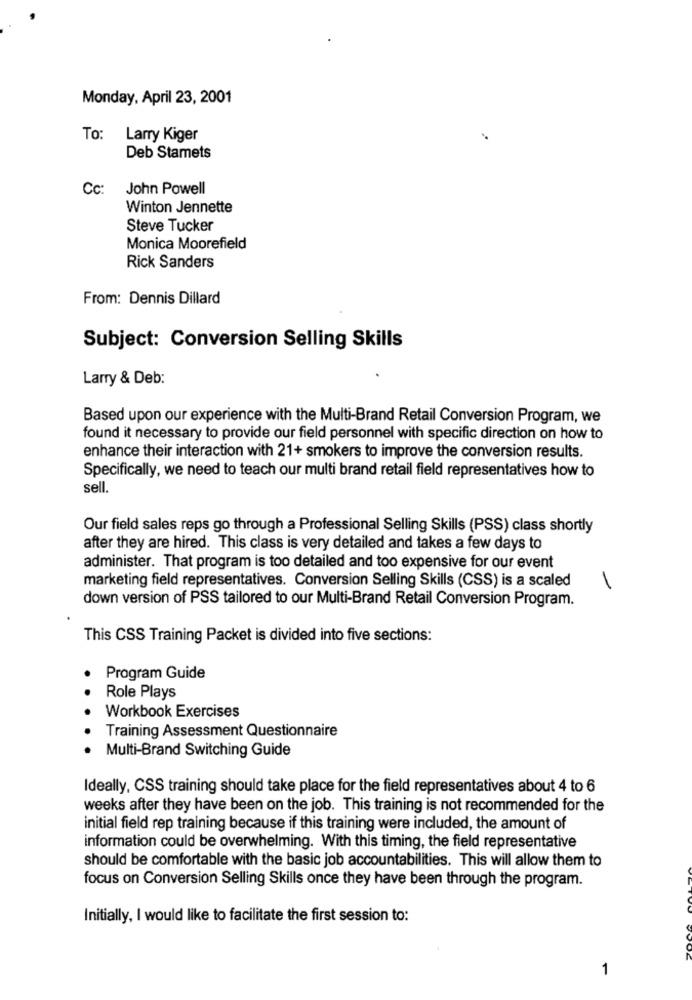
Monday, April 23, 2001
To:
Larry Kiger
Deb Stamets
Cc:
John Powell
Winton Jennette
Steve Tucker
Monica Moorefield
Rick Sanders
From: Dennis Dillard
Subject: Conversion Selling Skills
Larry & Deb:
Based upon our experience with the Multi-Brand Retail Conversion Program, we
found it necessary to provide our field personnel with specific direction on how to
enhance their interaction with 21+ smokers to improve the conversion results.
Specifically, we need to teach our multi brand retail field representatives how to
sell.
Our field sales reps go through a Professional Selling Skills (PSS) class shortly
after they are hired. This class is very detailed and takes a few days to
administer. That program is too detailed and too expensive for our event
marketing field representatives. Conversion Selling Skills (CSS) is a scaled
1
down version of PSS tailored to our Multi-Brand Retail Conversion Program.
This CSS Training Packet is divided into five sections:
.
Program Guide
Role Plays
Workbook Exercises
Training Assessment Questionnaire
Multi-Brand Switching Guide
Ideally, CSS training should take place for the field representatives about 4 to 6
weeks after they have been on the job. This training is not recommended for the
initial field rep training because if this training were included, the amount of
information could be overwhelming. With this timing, the field representative
should be comfortable with the basic job accountabilities. This will allow them to
focus on Conversion Selling Skills once they have been through the program.
Initially, I would like to facilitate the first session to:
1